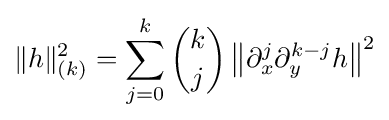
\|h\|_{(k)}^{2}=\sum _{j=0}^{k}{k \choose j}\left\|\partial _{x}^{j}\partial _{y}^{k-j}h\right\|^{2}